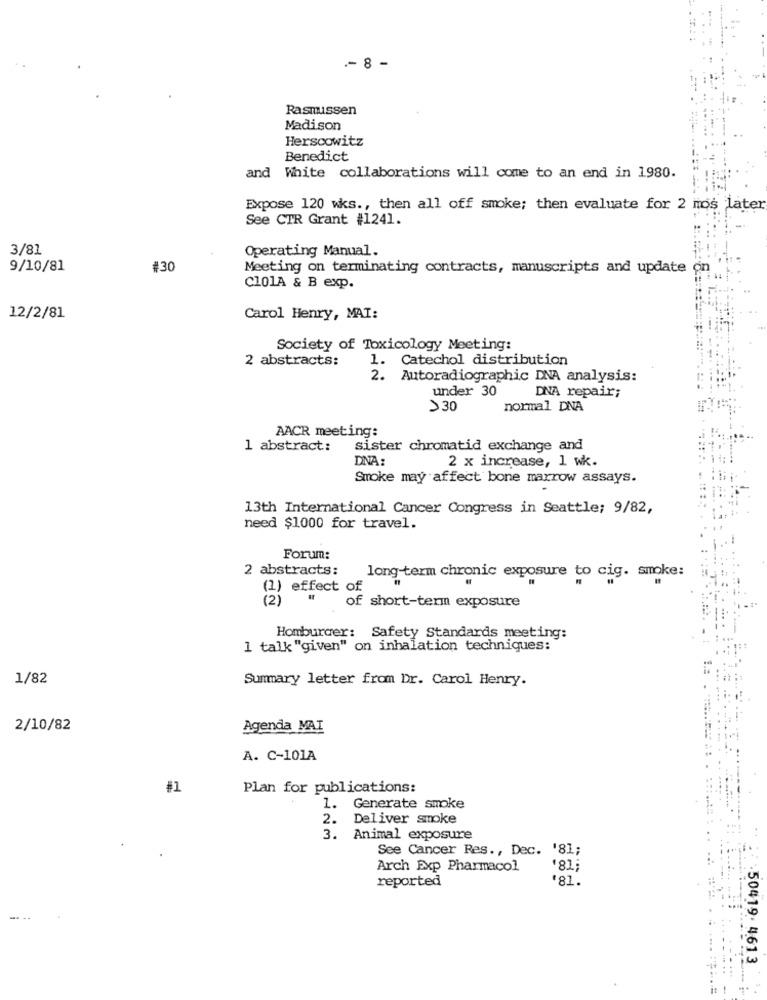
-- 8 -
Rasmussen
Madison
Herscowitz
Benedict
and White collaborations will come to an end in 1980.
Expose 120 wks ., then all off smoke; then evaluate for 2 mos later
See CTR Grant #1241.
3/81
Operating Manual.
9/10/81
#30
Meeting on terminating contracts, manuscripts and update
C101A & B exp.
12/2/81
Carol Henry, MAI:
Society of Toxicology Meeting:
2 abstracts:
1. Catechol distribution
2. Autoradiographic DNA analysis:
under 30
DNA repair;
>30
normal DNA
AACR meeting:
1 abstract:
sister chromatid exchange and
DNA:
2 x increase, 1 wk.
Smoke may affect bone marrow assays.
13th International Cancer Congress in Seattle; 9/82,
need $1000 for travel.
Forum:
2 abstracts:
long-term chronic exposure to cig. smoke:
(1) effect of.
(2)
of short-term exposure
Homburger: Safety Standards meeting:
1 talk "given" on inhalation techniques:
1/82
Summary letter from Dr. Carol Henry.
2/10/82
Agenda MAI
A. C-101A
#1
Plan for publications:
1. Generate smoke
2.
Deliver smoke
3. Animal exposure
See Cancer Res ., Dec. '81;
Arch Exp Pharmacol
'81;
reported
'81.
50419. 4613